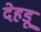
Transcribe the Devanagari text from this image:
देहडू